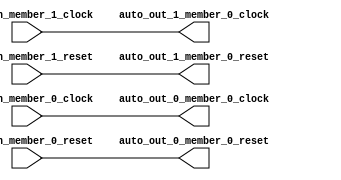
module ClockGroupAggregator_3( // @[:freechips.rocketchip.system.DefaultRV32Config.fir@41798.2]
  input   auto_in_member_1_clock, // @[:freechips.rocketchip.system.DefaultRV32Config.fir@41799.4]
  input   auto_in_member_1_reset, // @[:freechips.rocketchip.system.DefaultRV32Config.fir@41799.4]
  input   auto_in_member_0_clock, // @[:freechips.rocketchip.system.DefaultRV32Config.fir@41799.4]
  input   auto_in_member_0_reset, // @[:freechips.rocketchip.system.DefaultRV32Config.fir@41799.4]
  output  auto_out_1_member_0_clock, // @[:freechips.rocketchip.system.DefaultRV32Config.fir@41799.4]
  output  auto_out_1_member_0_reset, // @[:freechips.rocketchip.system.DefaultRV32Config.fir@41799.4]
  output  auto_out_0_member_0_clock, // @[:freechips.rocketchip.system.DefaultRV32Config.fir@41799.4]
  output  auto_out_0_member_0_reset // @[:freechips.rocketchip.system.DefaultRV32Config.fir@41799.4]
);
  assign auto_out_1_member_0_clock = auto_in_member_1_clock; // @[LazyModule.scala 305:12:freechips.rocketchip.system.DefaultRV32Config.fir@41816.4]
  assign auto_out_1_member_0_reset = auto_in_member_1_reset; // @[LazyModule.scala 305:12:freechips.rocketchip.system.DefaultRV32Config.fir@41816.4]
  assign auto_out_0_member_0_clock = auto_in_member_0_clock; // @[LazyModule.scala 305:12:freechips.rocketchip.system.DefaultRV32Config.fir@41815.4]
  assign auto_out_0_member_0_reset = auto_in_member_0_reset; // @[LazyModule.scala 305:12:freechips.rocketchip.system.DefaultRV32Config.fir@41815.4]
endmodule